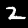
Digit: 2